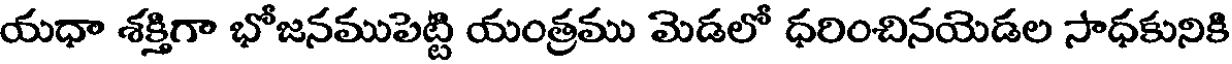
యధా శక్తిగా భోజనముపెట్టి యంత్రము మెడలో ధరించినయెడల సాధకునికి